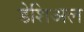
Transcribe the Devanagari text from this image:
डेशिअल